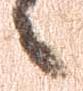
之